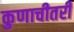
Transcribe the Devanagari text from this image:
कुणाचीतरी